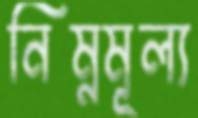
নিম্নমূল্য